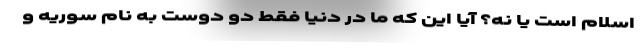
اسلام است یا نه؟ آیا این که ما در دنیا فقط دو دوست به نام سوریه و